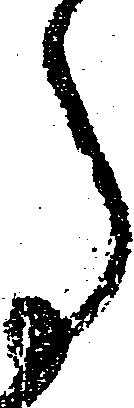
事